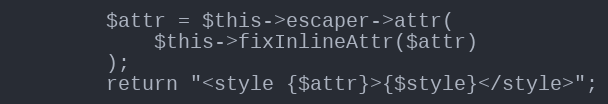
Language: PHP
        $attr = $this->escaper->attr(
            $this->fixInlineAttr($attr)
        );
        return "<style {$attr}>{$style}</style>";